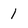
Character: 1